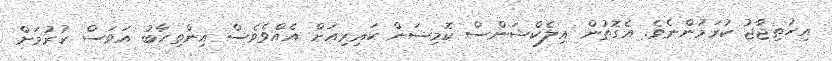
އިހުތިޖާޖު ކުރަމުންނެވެ. އެގޮތުން އިލެކްޝަންސް ކޮމިޝަން ކައިިރިއަށް އެއްވެވެސް އިންތިހާބު އަވަސް ކުރުމަށް